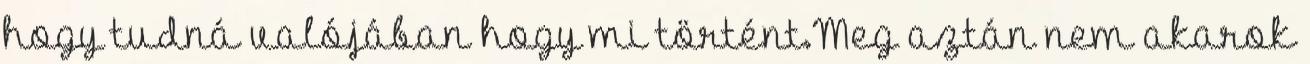
hogy tudná valójában hogy mi történt.Meg aztán nem akarok